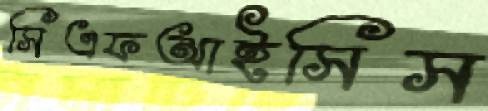
সিএফআইসিস